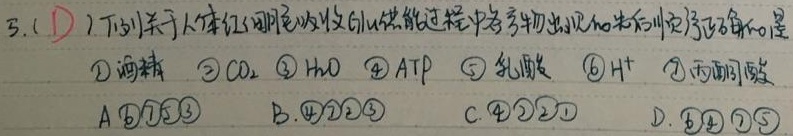
3. (D) 下列关于人体红细胞吸收葡萄糖过程中各产物出现的先后顺序正确的是
\textcircled{1}酒精 \textcircled{2}\(\text{CO}_{2}\) \textcircled{3}\(\text{H}_{2}\text{O}\) \textcircled{4}\(\text{ATP}\) \textcircled{5}乳酸 \textcircled{6}\(\text{H}^{+}\) \textcircled{7}丙酮酸
A. \textcircled{6}\textcircled{7}\textcircled{5}\textcircled{3}  B. \textcircled{4}\textcircled{2}\textcircled{3}  C. \textcircled{4}\textcircled{2}\textcircled{1}  D. \textcircled{6}\textcircled{4}\textcircled{7}\textcircled{5}